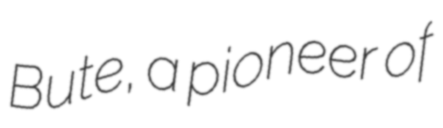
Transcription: Bute, a pioneer of